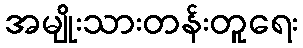
အမျိုးသားတန်းတူရေး